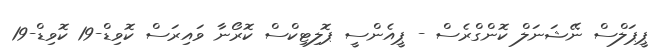
ޕީޕަލްސް ނޭޝަނަލް ކޮންގްރެސް - ޕީއެންސީ ޕޮލިޓިކްސް ކޮރޯނާ ވައިރަސް ކޮވިޑް-19 ކޮވިޑް-19